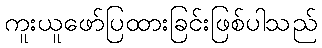
ကူးယူဖော်ပြထားခြင်းဖြစ်ပါသည်